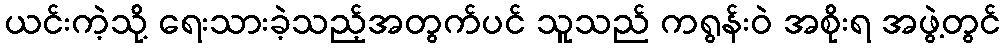
ယင်းကဲ့သို့ ရေးသားခဲ့သည့်အတွက်ပင် သူသည် ကရွန်းဝဲ အစိုးရ အဖွဲ့တွင်